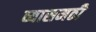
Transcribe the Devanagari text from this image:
व्यासमठी